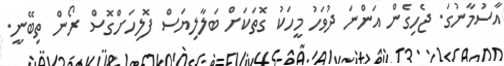
އާސުމާނުގަ. ޖެހިގެން އަންނަ ދުވަހު މީހަކު ގޮތަކަށް ބަލާލިޔަސް ފޮލިހަށްގޮސް ރޯން ތިބޭނީ.